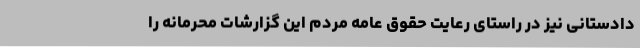
دادستانی نیز در راستای رعایت حقوق عامه مردم این گزارشات محرمانه را